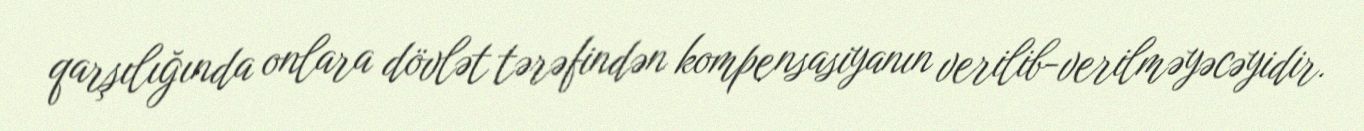
qarşılığında onlara dövlət tərəfindən kompensasiyanın verilib-verilməyəcəyidir.